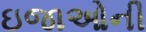
ઇજાઓની